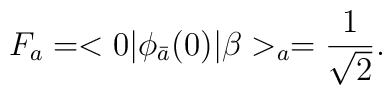
F_a=<0|\phi_{\bar{a}}(0)|\beta>_a=\frac{1}{\sqrt{2}}.